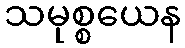
သမုစ္စယေန